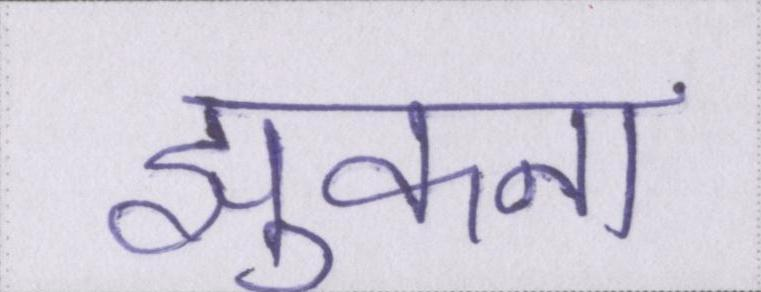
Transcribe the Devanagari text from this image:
झुकना